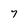
Character: 7